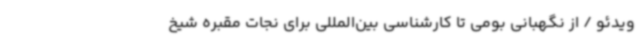
ویدئو / از نگهبانی بومی تا کارشناسی بین‌المللی برای نجات مقبره شیخ